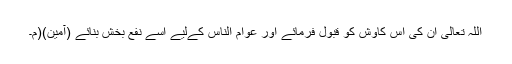
اللہ تعالیٰ ان کی اس کاوش کو قبول فرمائے اور عوام الناس کےلیے اسے نفع بخش بنائے (آمین)(م۔